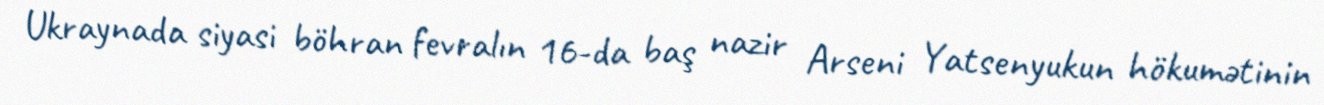
Ukraynada siyasi böhran fevralın 16-da baş nazir Arseni Yatsenyukun hökumətinin